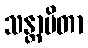
သန္တာပိတာ